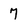
Character: 7